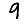
Digit: 9